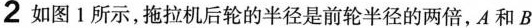
2 如图1所示，拖拉机后轮的半径是前轮半径的两倍，A和B